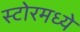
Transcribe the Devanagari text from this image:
स्टोरमध्ये